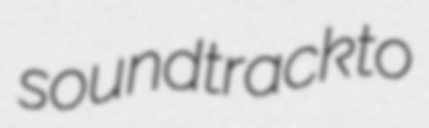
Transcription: soundtrack to